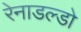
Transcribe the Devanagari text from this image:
रेनाडल्डो